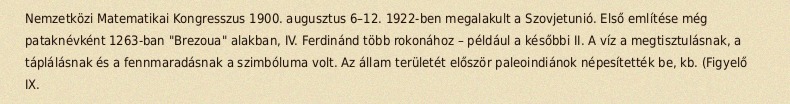
Nemzetközi Matematikai Kongresszus 1900. augusztus 6–12. 1922-ben megalakult a Szovjetunió. Első említése még pataknévként 1263-ban "Brezoua" alakban, IV. Ferdinánd több rokonához – például a későbbi II. A víz a megtisztulásnak, a táplálásnak és a fennmaradásnak a szimbóluma volt. Az állam területét először paleoindiánok népesítették be, kb. (Figyelő IX.